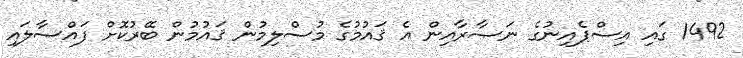
1492 ގައި އިސްޕެއިނުގެ ނަޞާރާއިން އެ ޤައުމުގެ މުސްލިމުން ޤައުމުން ބޭރުކޮށް ފައްސާލައި